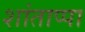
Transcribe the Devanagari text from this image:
शांताप्पा